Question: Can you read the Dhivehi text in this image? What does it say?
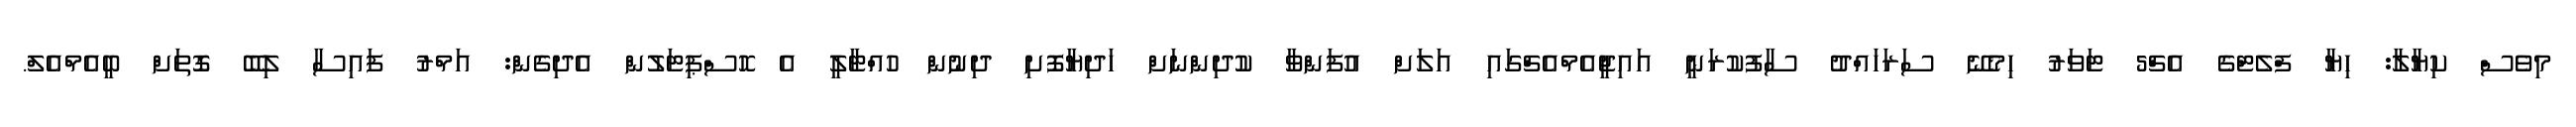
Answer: މިވެސް ކިޔާލާ: ހިޔާ ފްލެޓްގެ އެޗް5 ޓަވަރު ހިމެނޭ ސަރަހައްދު ސާފުކުރަނީ އައިޖީއެމްއެޗްގައި އަލަށް އުފަންވާ ކުދިންނަށް ހަދިޔާފޮށި ދިނުން ހުއްޓާލީ އެ ހޮސްޕިޓަލުން އެދިގެން: އަމްރު ފައިސާ ލިބޭ ގޮތަށް ބީއެމްއެލް.